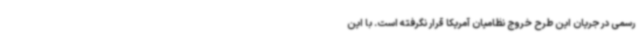
رسمی در جریان این طرح خروج نظامیان آمریکا قرار نگرفته است. با این